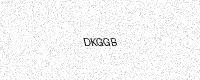
Text: DKGGB